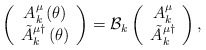
\begin{align*}\left( \begin{array}{c}A_{k}^{\mu }\left( \theta \right) \\ \tilde{A}_{k}^{\mu \dagger }\left( \theta \right) \end{array}\right) ={\cal B}_{k}\left( \begin{array}{c}A_{k}^{\mu } \\ \tilde{A}_{k}^{\mu \dagger }\end{array}\right) ,\end{align*}